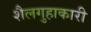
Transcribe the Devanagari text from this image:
शैलगुहाकारी